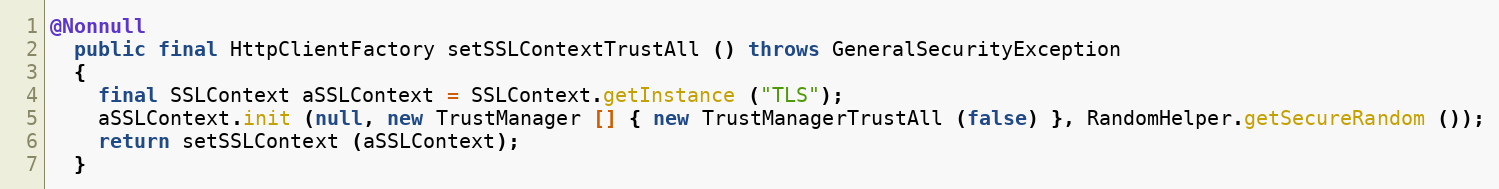
Language: Java
@Nonnull
  public final HttpClientFactory setSSLContextTrustAll () throws GeneralSecurityException
  {
    final SSLContext aSSLContext = SSLContext.getInstance ("TLS");
    aSSLContext.init (null, new TrustManager [] { new TrustManagerTrustAll (false) }, RandomHelper.getSecureRandom ());
    return setSSLContext (aSSLContext);
  }